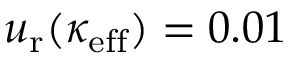
u _ { \mathrm { r } } ( \kappa _ { \mathrm { e f f } } ) = 0 . 0 1